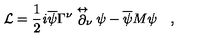
{ \cal L } = \frac { 1 } { 2 } { \it i } \overline { { \psi } } { \Gamma } ^ { \nu } \stackrel { \leftrightarrow } { \partial } _ { \! \nu } { \psi } - \overline { { \psi } } M { \psi } \quad ,